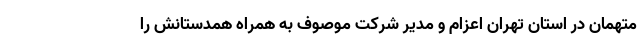
متهمان در استان تهران اعزام و مدیر شرکت موصوف به همراه همدستانش را